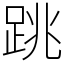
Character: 跳